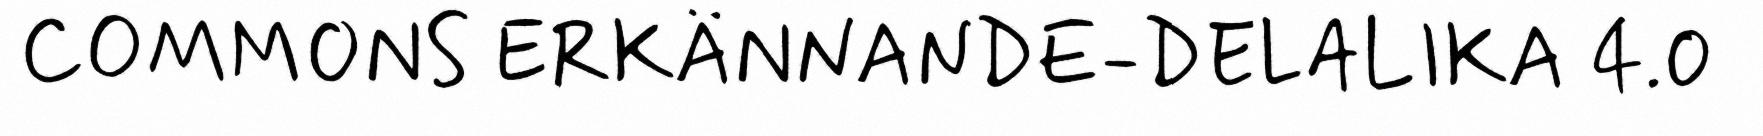
COMMONS ERKÄNNANDE-DELALIKA 4.0